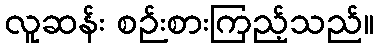
လူဆန်း စဉ်းစားကြည့်သည်။